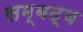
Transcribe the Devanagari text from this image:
सम्‍बद्व